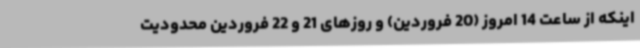
اینکه از ساعت 14 امروز (20 فروردین) و روزهای 21 و 22 فروردین محدودیت